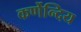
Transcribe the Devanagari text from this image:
कर्णेन्दिय